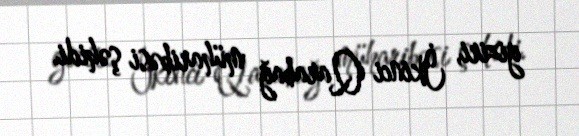
giziri, İkinci Qarabağ müharibəsi şəhidi.